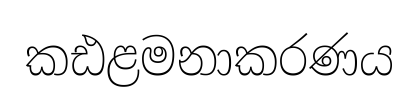
කඪළමනාකරණය